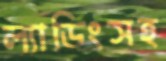
ল্যাডিংসহ